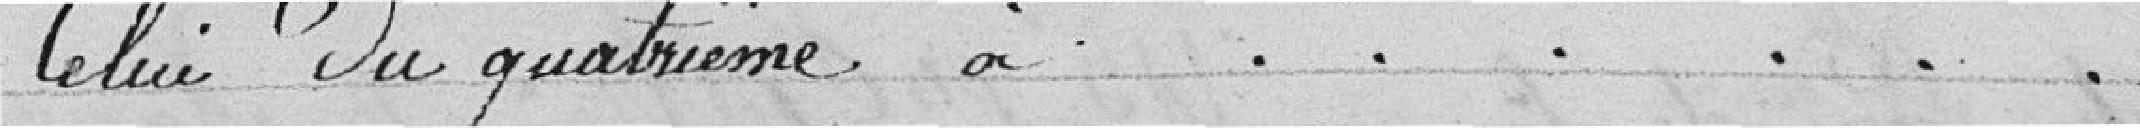
celui du quatrième à